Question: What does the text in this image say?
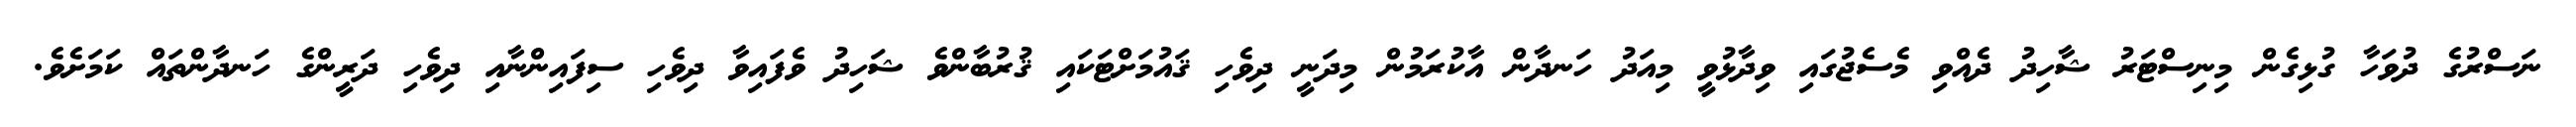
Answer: ނަސްރުގެ ދުވަހާ ގުޅިގެން މިނިސްޓަރު ޝާހިދު ދެއްވި މެސެޖުގައި ވިދާޅުވީ މިއަދު ހަނދާން އާކުރަމުން މިދަނީ ދިވެހި ޤައުމަށްޓަކައި ޤުރުބާންވެ ޝަހިދު ވެފައިވާ ދިވެހި ސިފައިންނާއި ދިވެހި ދަރީންގެ ހަނދާންތައް ކަމަށެވެ.